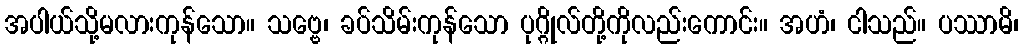
အပါယ်သို့မလားကုန်သော။ သဗ္ဗေ၊ ခပ်သိမ်းကုန်သော ပုဂ္ဂိုလ်တို့ကိုလည်းကောင်း။ အဟံ၊ ငါသည်။ ပဿာမိ၊